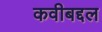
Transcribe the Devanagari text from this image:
कवीबद्दल